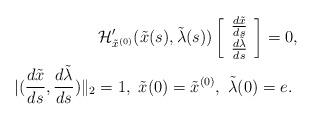
LaTeX: \begin{align*}\mathcal{H}'_{\tilde{x}^{(0)}} (\tilde{x}(s),\tilde{\lambda} (s))\left[\begin{array}{c} \frac{d\tilde{x}}{ds}\\\frac{d\tilde{\lambda}}{ds}\\\end{array}\right]=0, \\|( \frac{d\tilde{x}}{ds},\frac{d\tilde{\lambda}}{ds})\|_2=1, \ \tilde{x}(0)=\tilde{x}^{(0)}, \ \tilde{\lambda}(0)=e. \ \end{align*}